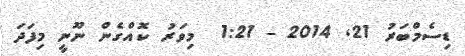
ޑިސެމްބަރު 21